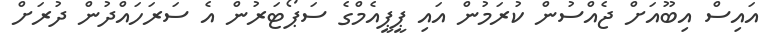
އައިސް އިބޫއަށް ޖެއްސުން ކުރަމުން އައި ޕީޕީއެމްގެ ސަޕޯޓަރުން އެ ސަރަހައްދުން ދުރަށް